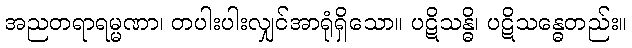
အညတရာရမ္မဏာ၊ တပါးပါးလျှင်အာရုံရှိသော။ ပဋိသန္ဓိ၊ ပဋိသန္ဓေတည်း။